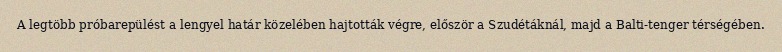
A legtöbb próbarepülést a lengyel határ közelében hajtották végre, először a Szudétáknál, majd a Balti-tenger térségében.